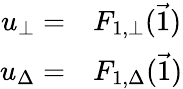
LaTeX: \begin{array}{rl}{u_{\bot}=}&{{}F_{1,\bot}(\vec{1})}\\ {u_{\Delta}=}&{{}F_{1,\Delta}(\vec{1})}\end{array}